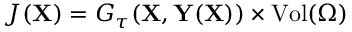
J ( \mathbf { X } ) = G _ { \tau } ( \mathbf { X } , \mathbf { Y } ( \mathbf { X } ) ) \times \mathrm { V o l } ( \Omega )